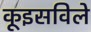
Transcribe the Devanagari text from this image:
कूइसविले